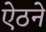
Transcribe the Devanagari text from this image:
ऐठने